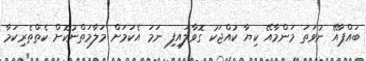
ބައްޕާއޭ ނުވަތަ މަންމާއޭ ކިޔާ ކުއްޖަކު ގޮވާލައިފި ނަމަ އެކަމަށް މަލާމަތްނުކޮށް ކެތްތެރިކަމާ